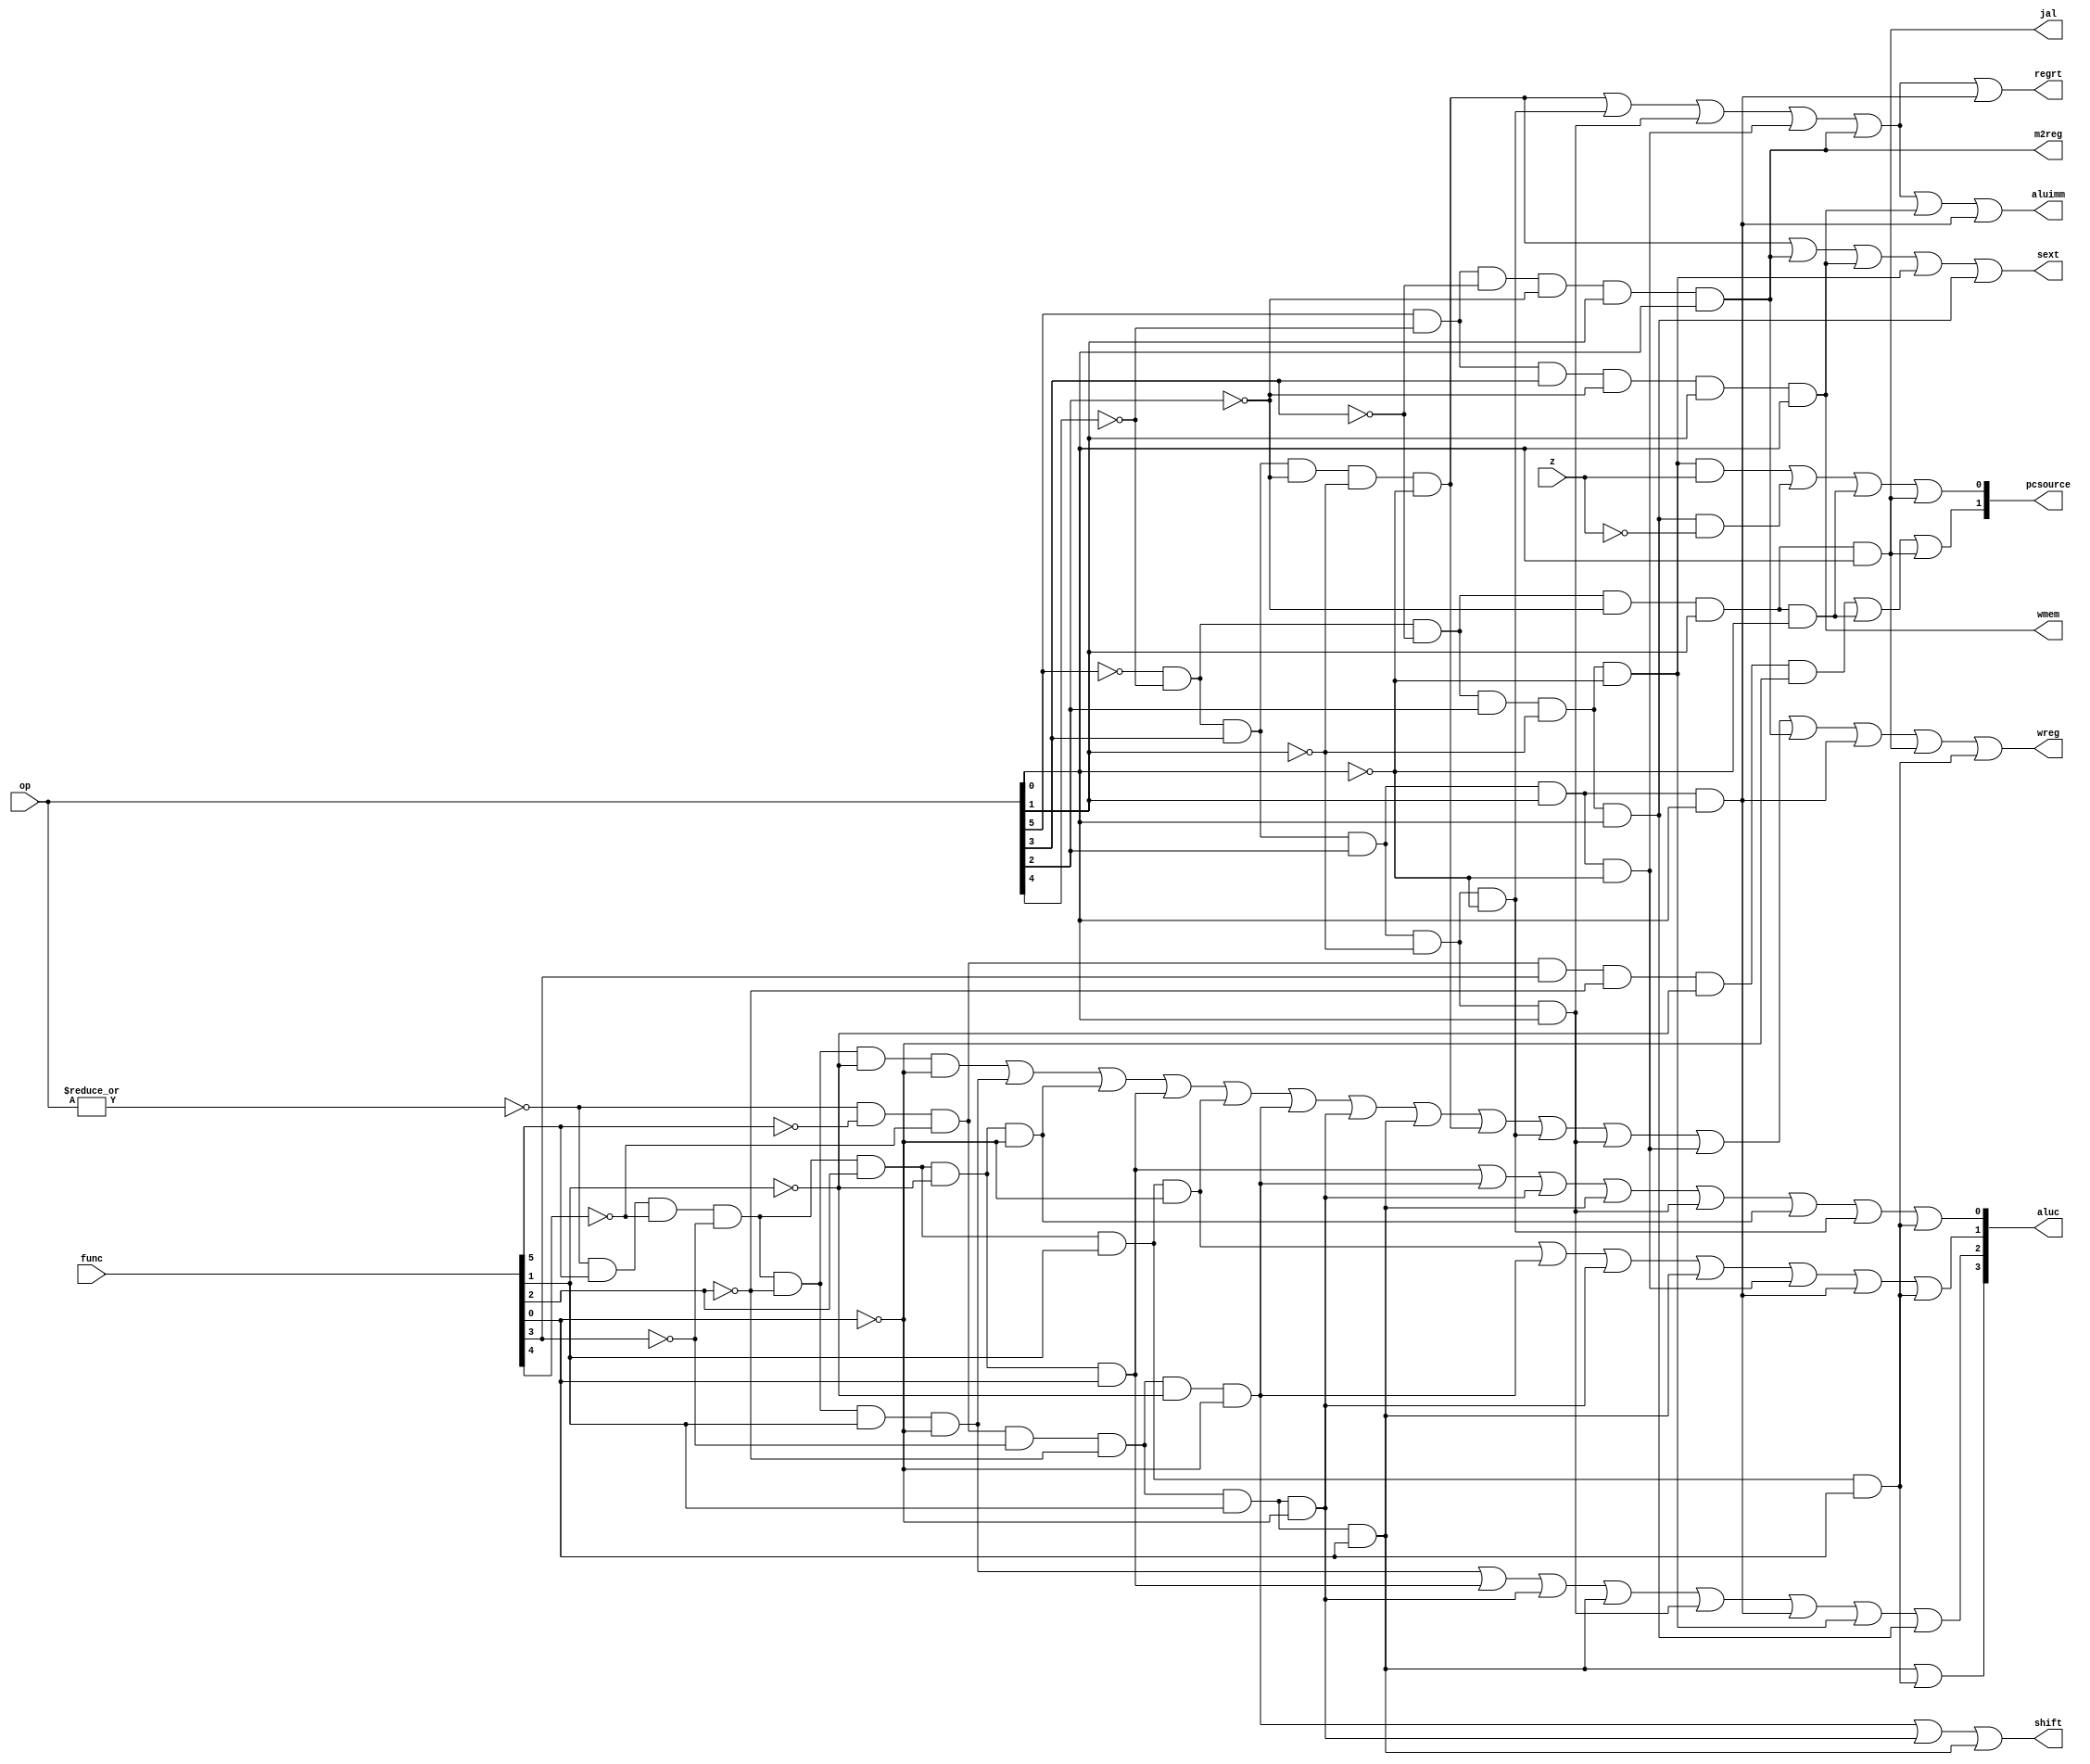
module sc_cu (op, func, z, wmem, wreg, regrt, m2reg, aluc, shift,
              aluimm, pcsource, jal, sext);
   input  [5:0] op,func;
   input        z;
   output       wreg,regrt,jal,m2reg,shift,aluimm,sext,wmem;
   output [3:0] aluc;
   output [1:0] pcsource;
   wire r_type = ~|op;
   wire i_add = r_type & func[5] & ~func[4] & ~func[3] &
                ~func[2] & ~func[1] & ~func[0];          //100000
   wire i_sub = r_type & func[5] & ~func[4] & ~func[3] &
                ~func[2] &  func[1] & ~func[0];          //100010

   wire i_gt = r_type & func[5] & ~func[4] & ~func[3] &
                func[2] &  func[1] & func[0];          //100111
      
   
   wire i_and =  r_type & func[5] & ~func[4] & ~func[3] & func[2] & ~func[1] & ~func[0];  //100100
   wire i_or  = r_type & func[5] & ~func[4] & ~func[3] & func[2] & ~func[1] & func[0]; //100101

   wire i_xor = r_type & func[5] & ~func[4] & ~func[3] & func[2] & func[1] & ~func[0]; //100110
   wire i_sll = r_type & ~func[5] & ~func[4] & ~func[3] & ~func[2] & ~func[1] & ~func[0]; //000000
   wire i_srl = r_type & ~func[5] & ~func[4] & ~func[3] & ~func[2] & func[1] & ~func[0];  //000010
   wire i_sra = r_type & ~func[5] & ~func[4] & ~func[3] & ~func[2] & func[1] & func[0];   //000011
   wire i_jr  = r_type & ~func[5] & ~func[4] & func[3] & ~func[2] & ~func[1] & ~func[0];  //001000
                
   wire i_addi = ~op[5] & ~op[4] &  op[3] & ~op[2] & ~op[1] & ~op[0]; //001000
   wire i_andi = ~op[5] & ~op[4] &  op[3] &  op[2] & ~op[1] & ~op[0]; //001100
   
   wire i_ori  = ~op[5] & ~op[4] & op[3] & op[2] & ~op[1] & op[0];   //001101
   wire i_xori = ~op[5] & ~op[4] & op[3] & op[2] & op[1] & ~op[0];   //001110
   wire i_lw   = op[5] & ~op[4] & ~op[3] & ~op[2] & op[1] & op[0];   //100011
   wire i_sw   = op[5] & ~op[4] & op[3] & ~op[2] & op[1] & op[0]; //101011
   wire i_beq  = ~op[5] & ~op[4] & ~op[3] & op[2] & ~op[1] & ~op[0]; //000100
   wire i_bne  = ~op[5] & ~op[4] & ~op[3] & op[2] & ~op[1] & op[0];  //000101
   wire i_lui  = ~op[5] & ~op[4] & op[3] & op[2] & op[1] & op[0]; //001111
   wire i_j    = ~op[5] & ~op[4] & ~op[3] & ~op[2] & op[1] & ~op[0]; //000010
   wire i_jal  = ~op[5] & ~op[4] & ~op[3] & ~op[2] & op[1] & op[0]; //000011

   // inst:
   // op(6) + rs(5) + rt(5) + rd(5) + sa(5) + funct(6)
   // op(6) + rs(5)

   // TODO: add op;
   
  

   // TODO: modify here

   // default 00 pc = pc + 4
   // i_beq, i_bne 01 pc = pc + 4 + signimm << 2
   // i_jr 10  reg
   // i_j, i_jal 11  pc = pc[31..28] add << 2
   
   assign pcsource[1] = i_jr | i_j | i_jal;
   // aluc==0z==1
   assign pcsource[0] = ( i_beq & z ) | (i_bne & ~z) | i_j | i_jal ;
   
   // write registers
   assign wreg = i_add | i_sub | i_and | i_or   | i_xor  |
                 i_sll | i_srl | i_sra | i_addi | i_andi |
                 i_ori | i_xori | i_lw | i_lui  | i_jal | i_gt;

   // assign wreg = i_add | i_sub | i_and | i_or   | i_xor  |
   //               i_sll | i_srl | i_sra | i_addi | i_andi |
   //               i_ori | i_xori | i_lw | i_lui  | i_jal;
   
   // assign aluc[3] = i_sra;
   assign aluc[3] = i_sra | i_gt;
   // assign aluc[2] = i_sub | i_or | i_srl | i_sra | i_ori | i_lui | i_beq | i_bne;
   assign aluc[2] = i_sub | i_or | i_srl | i_sra | i_ori | i_lui | i_beq | i_bne;
   assign aluc[1] = i_xor | i_sll | i_srl | i_sra | i_xori | i_lui | i_gt;
   assign aluc[0] = i_or | i_sll | i_srl | i_sra | i_ori | i_and | i_andi | i_gt;
   assign shift   = i_sll | i_srl | i_sra ;

   assign aluimm  = i_addi | i_andi | i_ori | i_xori | i_lw | i_sw | i_lui;
   // sign 
   assign sext    = i_addi | i_lw | i_sw | i_beq | i_bne;
   // write memory
   assign wmem    = i_sw;
   assign m2reg   = i_lw;
   assign regrt   = i_addi | i_andi | i_ori | i_xori | i_lw | i_lui;
   assign jal     = i_jal;

endmodule